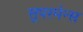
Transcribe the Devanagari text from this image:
सुपरमेन्स